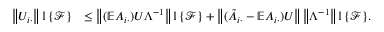
\begin{array} { r l } { \left\| { U _ { i \cdot } } \right\| { \mathbb { I } \left\{ { \mathcal { F } } \right\} } } & { \leq \left\| { ( \mathbb { E } A _ { i \cdot } ) U \Lambda ^ { - 1 } } \right\| { \mathbb { I } \left\{ { \mathcal { F } } \right\} } + \left\| { ( \tilde { A } _ { i \cdot } - \mathbb { E } A _ { i \cdot } ) U } \right\| \left\| { \Lambda ^ { - 1 } } \right\| { \mathbb { I } \left\{ { \mathcal { F } } \right\} } . } \end{array}